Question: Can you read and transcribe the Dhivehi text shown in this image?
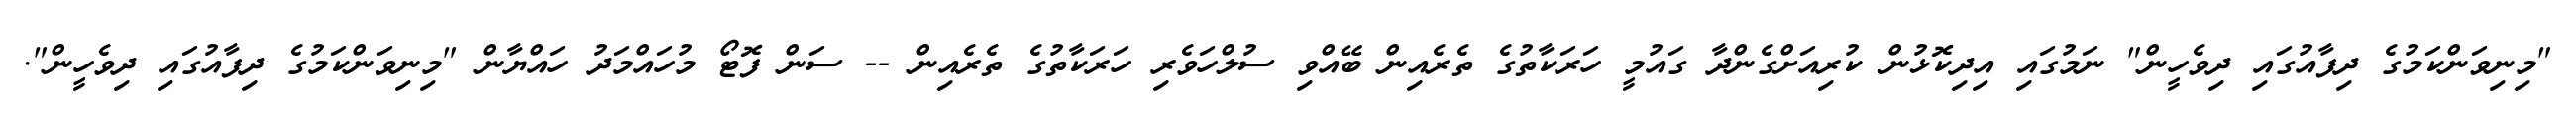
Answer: "މިނިވަންކަމުގެ ދިފާއުގައި ދިވެހީން" ނަމުގައި އިދިކޮޅުން ކުރިއަށްގެންދާ ގައުމީ ހަރަކާތުގެ ތެރެއިން ބޭއްވި ސުލްހަވެރި ހަރަކާތުގެ ތެރެއިން -- ސަން ފޮޓޯ މުހައްމަދު ހައްޔާން "މިނިވަންކަމުގެ ދިފާއުގައި ދިވެހީން".